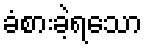
ခံစားခဲ့ရသော